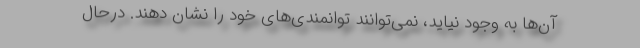
آن‌ها به وجود نیاید، نمی‌توانند توانمندی‌های خود را نشان دهند. درحال